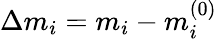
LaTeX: \Delta m_{i}=m_{i}-m_{i}^{(0)}